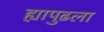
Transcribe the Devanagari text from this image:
ह्यापुढला